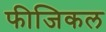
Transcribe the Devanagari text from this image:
फीजिकल